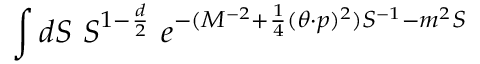
\int { d S ~ S ^ { 1 - { \frac { d } { 2 } } } ~ e ^ { - ( M ^ { - 2 } + \frac { 1 } { 4 } ( \theta \cdot p ) ^ { 2 } ) S ^ { - 1 } - m ^ { 2 } S } }